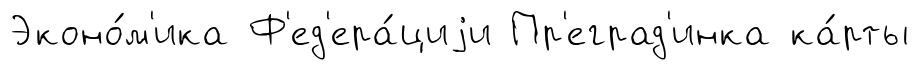
Эконо́м'ика Ф'ед'ера́циjи Пр'еград'инка ка́рты